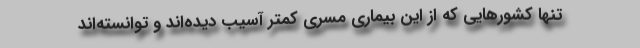
تنها کشورهایی که از این بیماری مسری کمتر آسیب دیده‌اند و توانسته‌اند